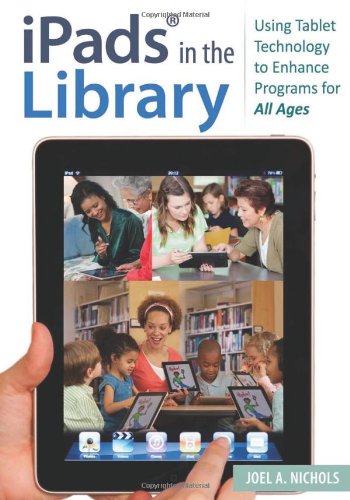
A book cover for iPadsÂ® in the Library: Using Tablet Technology to Enhance Programs for All Ages; Joel A. Nichols; Computers & Technology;